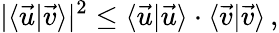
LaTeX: |\langle\vec{u}|\vec{v}\rangle|^{2}\leq\langle\vec{u}|\vec{u}\rangle\cdot\langle\vec{v}|\vec{v}\rangle\, ,